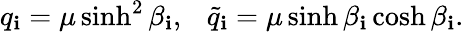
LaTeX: q_{\mathbf{i}}=\mu\sinh^{2}\beta_{\mathbf{i}},\ \ \ \tilde{{q}}_{\mathbf{i}}=\mu\sinh\beta_{\mathbf{i}}\cosh\beta_{\mathbf{i}}.